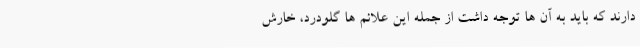
دارند که باید به آن ها توجه داشت از جمله این علائم ها گلودرد، خارش